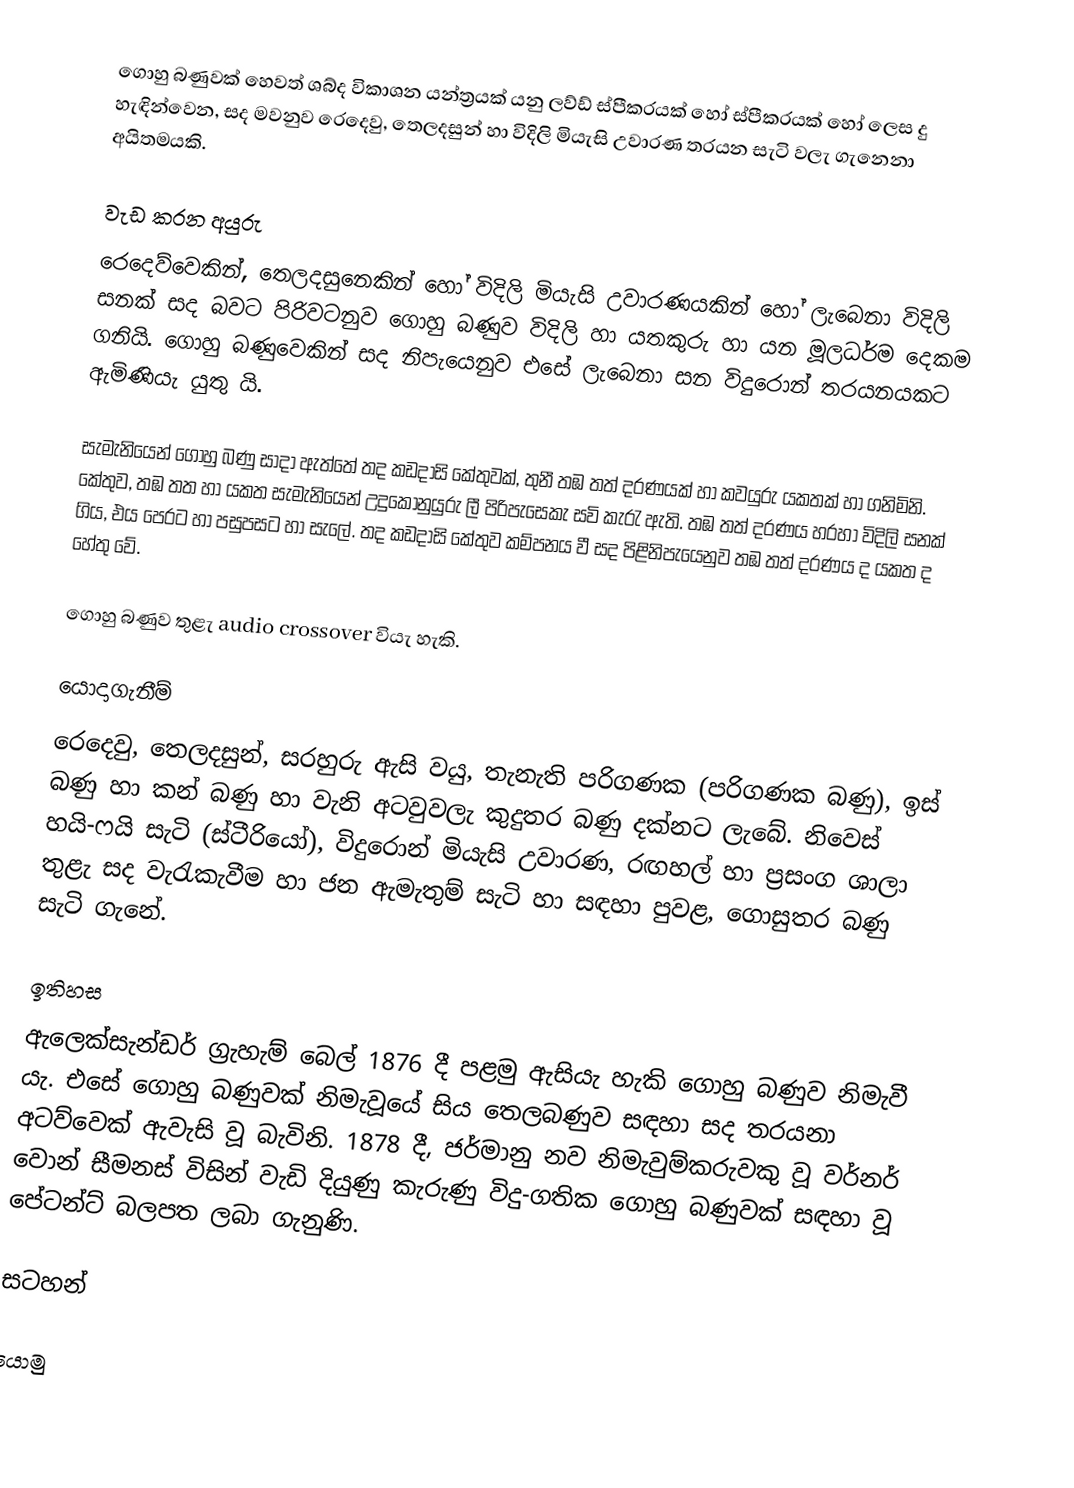
ගොහු බණුවක් හෙවත් ශබ්ද විකාශන යන්ත්‍රයක් යනු ලව්ඩ් ස්පීකරයක් හෝ ස්පීකරයක් හෝ ලෙස දු හැඳින්වෙන, සද මවනුව රෙදෙවු, තෙලදසුන් හා විදිලි මියැසි උවාරණ තරයන සැටි වලැ ගැනෙනා අයිතමයකි.

වැඩ කරන අයුරු
රෙදෙව්වෙකින්, තෙලදසුනෙකින් හෝ විදිලි මියැසි උවාරණයකින් හෝ ලැබෙනා විදිලි සනක් සද බවට පිරිවටනුව ගොහු බණුව විදිලි හා යතකුරු හා යන මූලධර්ම දෙකම ගනියි. ගොහු බණුවෙකින් සද නිපැයෙනුව එසේ ලැබෙනා සන විදුරොන් තරයනයකට ඇමිණියැ යුතු යි.

සැමැනියෙන් ගොහු බණු සාදා ඇත්තේ තද කඩදාසි කේතුවක්, තුනී තඹ තත් දරණයක් හා කවයුරු යකතක් හා ගනිමිනි. කේතුව, තඹ තත හා යකත සැමැනියෙන් උදුකොනුයුරු ලී පිරිපැසෙකැ සවි කැරැ ඇති. තඹ තත් දරණය හරහා විදිලි සනක් ගිය, එය පෙරට හා පසුපසට හා සැලේ. තද කඩදාසි කේතුව කම්පනය වී සද පිළිනිපැයෙනුව තඹ තත් දරණය ද යකත ද හේතු වේ.

ගොහු බණුව තුළැ audio crossover වියැ හැකි.

යොදාගැනීම්
රෙදෙවු, තෙලදසුන්, සරහුරු ඇසි වයු, තැනැති පරිගණක (පරිගණක බණු), ඉස් බණු හා කන් බණු හා වැනි අටවුවලැ කුදුතර බණු දක්නට ලැබේ. නිවෙස් හයි-ෆයි සැටි (ස්ටීරියෝ), විදුරොන් මියැසි උවාරණ, රඟහල් හා ප්‍රසංග ශාලා තුළැ සද වැරැකැවීම හා ජන ඇමැතුම් සැටි හා සඳහා පුවළ, ගොසුතර බණු සැටි ගැනේ.

ඉතිහස
ඇලෙක්සැන්ඩර් ග්‍රැහැම් බෙල් 1876 දී පළමු ඇසියැ හැකි ගොහු බණුව නිමැවී යැ. එසේ ගොහු බණුවක් නිමැවූයේ සිය තෙලබණුව සඳහා සද තරයනා අටව්වෙක් ඇවැසි වූ බැවිනි. 1878 දී, ජර්මානු නව නිමැවුම්කරුවකු වූ වර්නර් වොන් සීමනස් විසින් වැඩි දියුණු කැරුණු විදු-ගතික ගොහු බණුවක් සඳහා වූ පේටන්ට් බලපත ලබා ගැනුණි.

සටහන්

යොමු